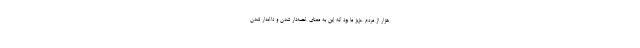
هزار از مردم عزیز ما بود که این به معنای غصّه‌دار شدن و داغدار شدن